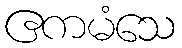
ဧကမံသေ